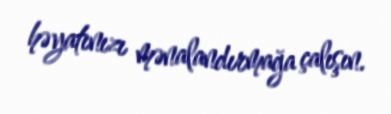
həyatınızı mənalandırmağa çalışın.